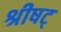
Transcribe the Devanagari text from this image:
श्रीषट्